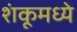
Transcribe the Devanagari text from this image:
शंकूमध्ये